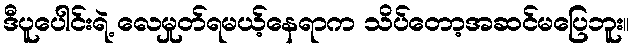
ဒီပူပေါင်းရဲ့ လေမှုတ်ရမယ့်နေရာက သိပ်တော့အဆင်မပြေဘူး။